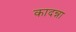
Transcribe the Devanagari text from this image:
कादन्ना